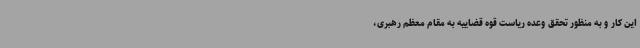
این کار و به منظور تحقق وعده ریاست قوه قضاییه به مقام معظم رهبری،